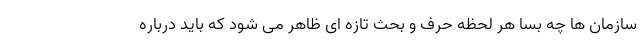
سازمان ها چه بسا هر لحظه حرف و بحث تازه ای ظاهر می شود که باید درباره